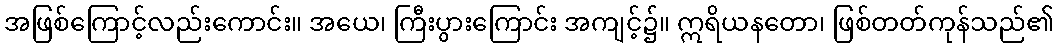
အဖြစ်ကြောင့်လည်းကောင်း။ အယေ၊ ကြီးပွားကြောင်း အကျင့်၌။ ဣရိယနတော၊ ဖြစ်တတ်ကုန်သည်၏